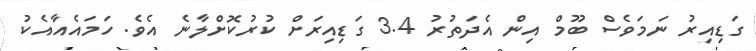
ގަޑިއިރު ނަމަވެސް ބޫމް އިން އެދަތުރު 3.4 ގަޑިއިރަށް ކުރުކޮށްލާނެ އެވެ. ހަމައެއާއެކު